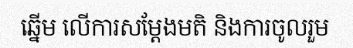
ឆ្នើម លើការសម្តែងមតិ និងការចូលរួម